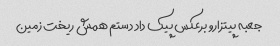
جعبه پیتزارو برعکس پیک داد دستم همش ریخت زمین